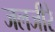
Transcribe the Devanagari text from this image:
जलजीरे